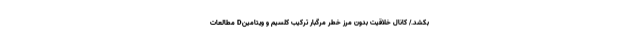
بکشد./ کانال خلاقیت بدون مرز خطر مرگبار ترکیب کلسیم و ویتامینD مطالعات